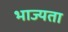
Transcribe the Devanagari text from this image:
भाज्यता